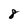
Character: 8